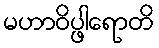
မဟာဝိပ္ဖါရောတိ